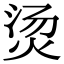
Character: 烫